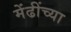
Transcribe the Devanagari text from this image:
मेंढींच्या